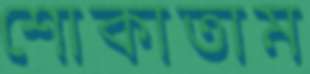
শোকাতাম